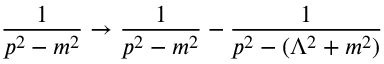
{ \frac { 1 } { p ^ { 2 } - m ^ { 2 } } } \to { \frac { 1 } { p ^ { 2 } - m ^ { 2 } } } - { \frac { 1 } { p ^ { 2 } - ( \Lambda ^ { 2 } + m ^ { 2 } ) } }